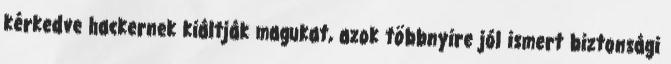
kérkedve hackernek kiáltják magukat, azok többnyire jól ismert biztonsági